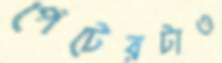
পেটেরটাও